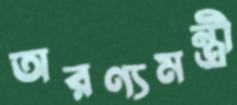
অরণ্যমন্ত্রী